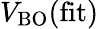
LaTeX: V_{\mathrm{BO}}(\mathrm{fit})